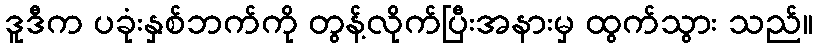
ဒူဒီက ပခုံးနှစ်ဘက်ကို တွန့်လိုက်ပြီးအနားမှ ထွက်သွား သည်။